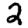
Digit: 2